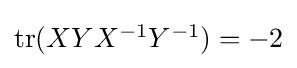
{\textstyle \operatorname {tr} (XYX^{-1}Y^{-1})=-2}